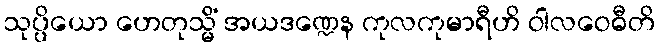
သုပ္ပိယော ဟေတုသ္မိံ အယဒဏ္ဍေန ကုလကုမာရီဟိ ဝါလဝေဓီတိ